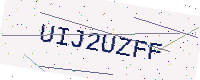
Text: UIJ2UZFF